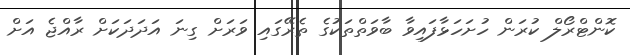
ކޮންޓްރޯލް ކުރަން ހުށަހަޅާފައިވާ ބާވަތްތަކުގެ ތެރޭގައި ވަރަށް ގިނަ އަދަދަކަށް ރާއްޖެ އަށް